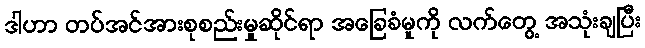
ဒါဟာ တပ်အင်အားစုစည်းမှုဆိုင်ရာ အခြေခံမူကို လက်တွေ့ အသုံးချပြီး